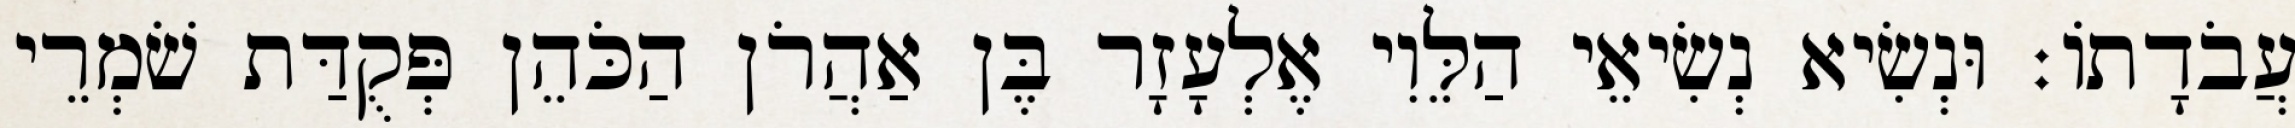
עֲבֹדָתוֹ׃ וּנְשִׂיא נְשִׂיאֵי הַלֵּוִי אֶלְעָזָר בֶּן אַהֲרֹן הַכֹּהֵן פְּקֻדַּת שֹׁמְרֵי